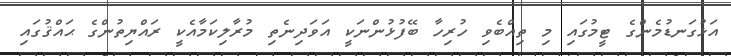
އަޅުގަނޑުމެންގެ ޓީމުގައި މި ތިއްބެވި ހުރިހާ ބޭފުޅުންނަކީ އަވަދިނެތި މުރާލިކަމާއެކީ ރައްޔިތުންގެ ޙައްޤުގައި